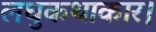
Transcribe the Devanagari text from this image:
लघुकथाकार।